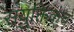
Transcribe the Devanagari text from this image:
सयुक्तिकच